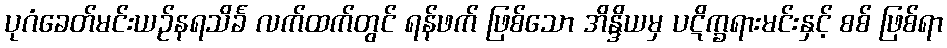
ပုဂံခေတ်မင်းယဉ်နရသိင်္ခ လက်ထက်တွင် ရန်ဖက် ဖြစ်သော အိန္ဒိယမှ ပဋိက္ခရားမင်းနှင့် စစ် ဖြစ်ရာ